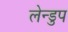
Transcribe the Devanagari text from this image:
लेन्डुप